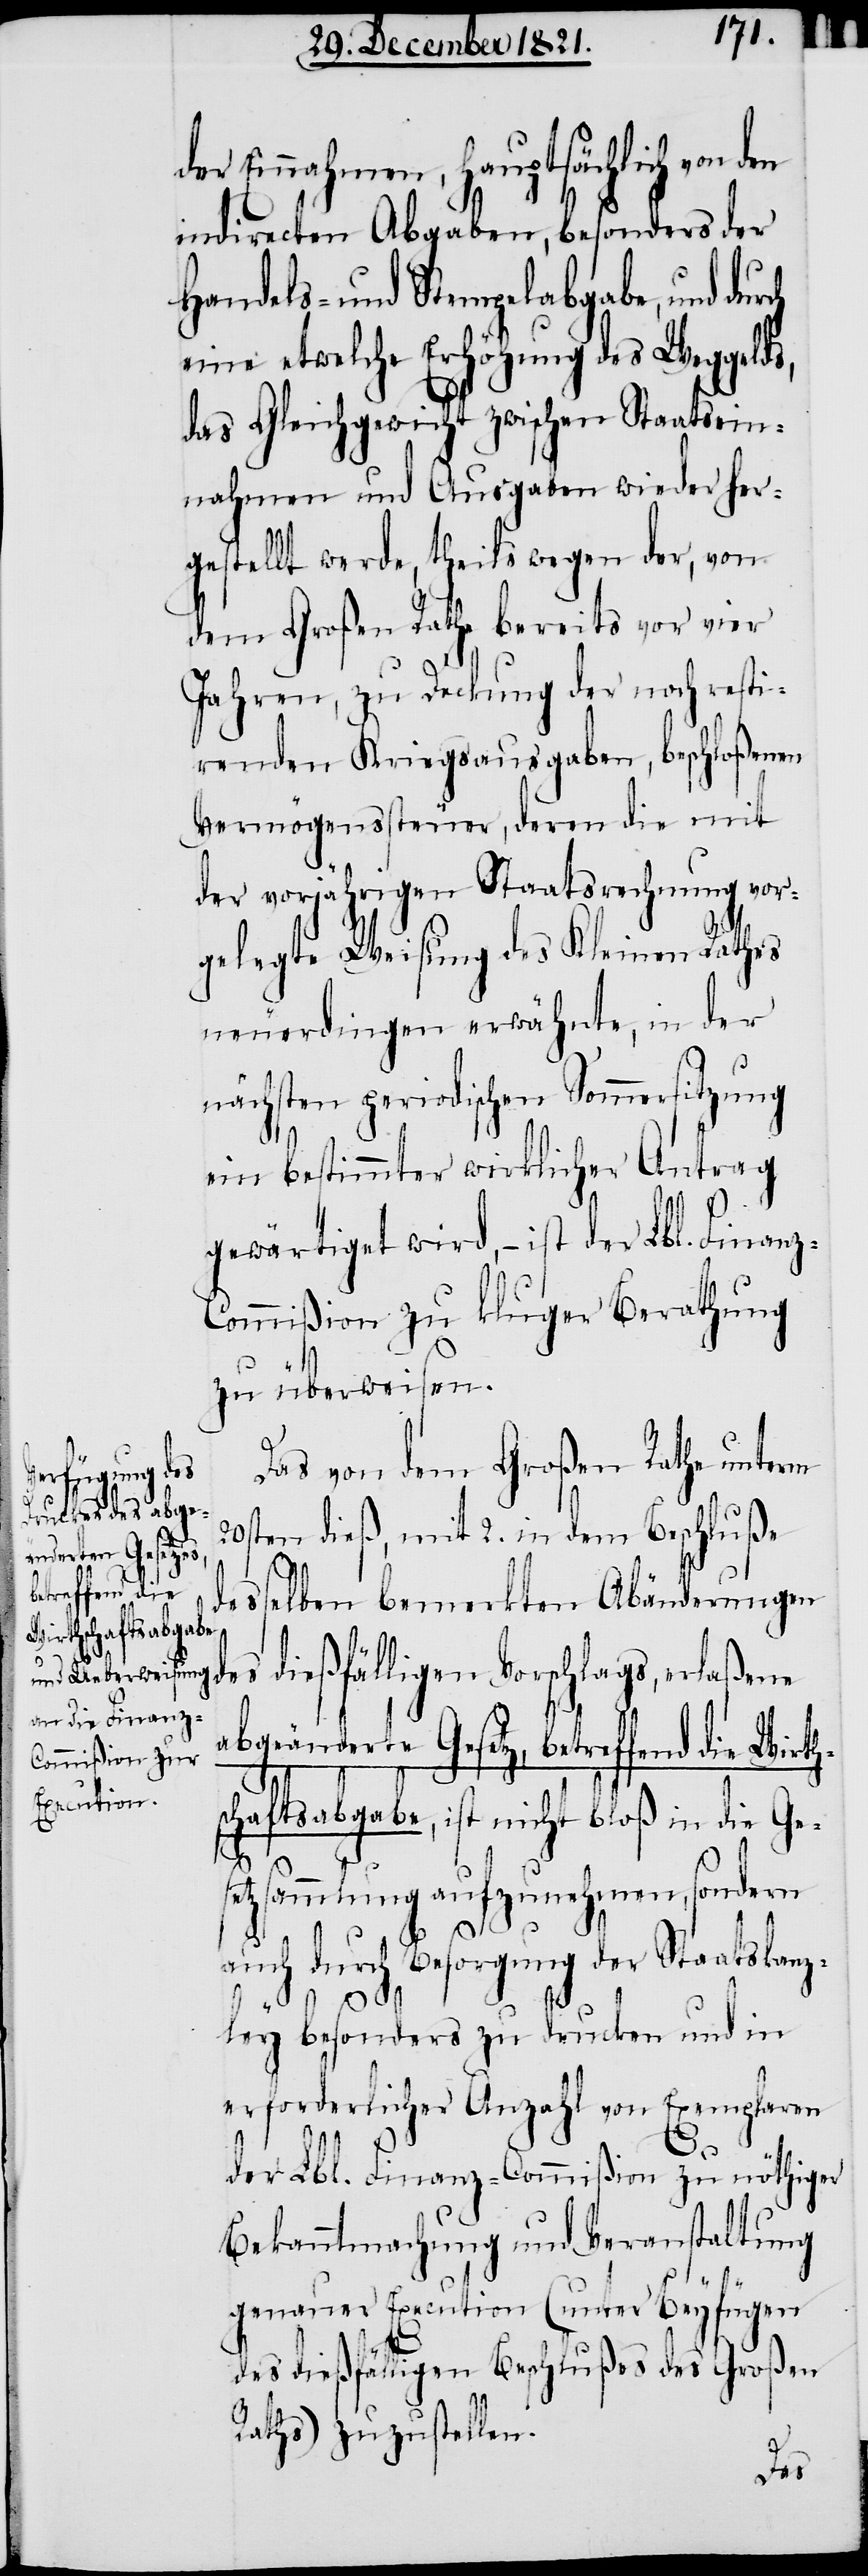
der Einnahmen, hauptsächlich von den
indirecten Abgaben, besonders der
Handels- und Stempelabgabe, und dur¬
eine etwelche Erhöhung des Weggelds,
das Gleichgewicht zwischen Staatsein¬
nahmen und Ausgaben wieder her¬
gestellt werde, theils wegen der, von
dem Großen Rathe bereits vor vier
Jahren, zu Deckung der noch resti¬
renden Kriegsausgaben, beschloßenen
Vermögenssteuer, deren die mit
der vorjährigen Staatsrechnung vor¬
gelegte Weisung des Kleinen Rathes
neuerdingen erwähnte, in der
nächsten periodischen Sommersitzung
ein bestimmter wirklicher Antrag
gewärtiget wird, – ist der Lbl. Finanz-C¬
ommißion zu kluger Berathung
zu überweisen.
Das von dem Großen Rathe unterm
20sten dieß, mit 2. in dem Beschluße
desselben bemerkten Abänderungen
es dießfälligen Vorschlags, erlaßene
abgeänderte Gesetz, betreffend die Wirt¬
chaftsabgabe, ist nicht bloß in die Gese¬
tzsammlung aufzunehmen, sondern
auch durch Besorgung der Staatskanz¬
d¬
hs¬
ley besonders zu drucken und in
erforderlicher Anzahl von Exemplaren
der Lbl. Finanz-Commißion zu nöthiger
Bekanntmachung und Veranstaltung
genauer Execution (unter Beyfügen
des dießfälligen Beschlußes des Großen
Raths) zuzustellen.
ch